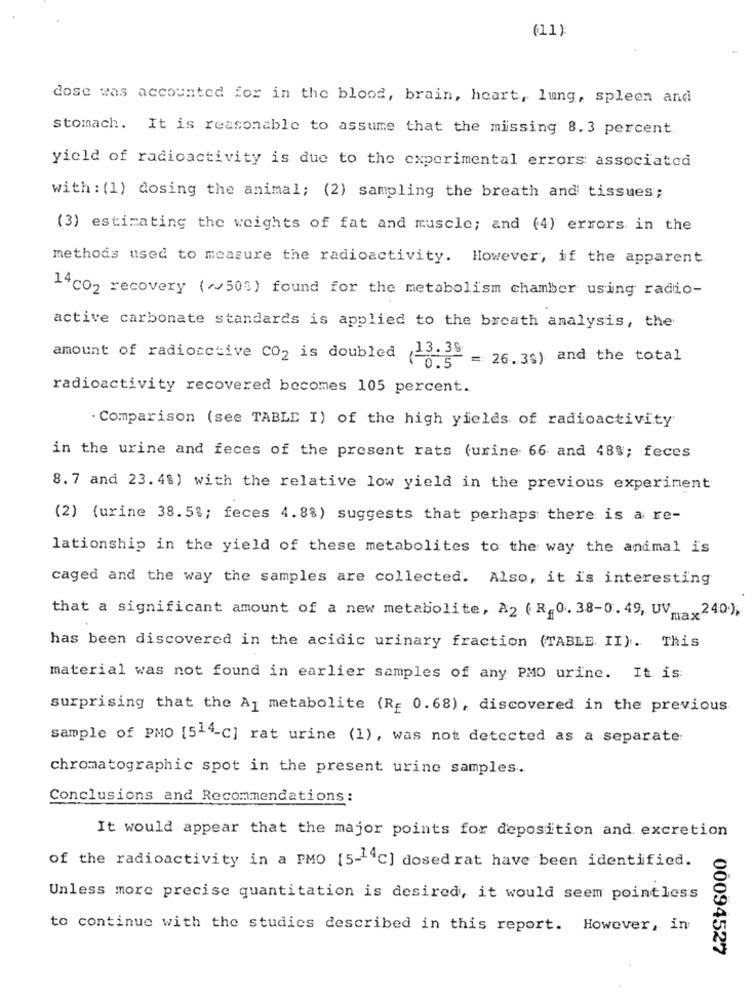
(11)
dose was accounted for in the blood, brain, heart, lung, spleen and
stomach. It is reasonable to assume that the missing 8.3 percent
yield of radioactivity is due to the experimental errors: associated
with : (1) dosing the animal; (2) sampling the breath and tissues;
(3) estimating the weights of fat and muscle; and (4) errors in the
methods used to measure the radioactivity. However, if the apparent
14 CO2 recovery ( ~~ 50%) found for the metabolism chamber using radio-
active carbonate standards is applied to the breath analysis, the
amount of radioactive CO2 is doubled 13.39
0.5 = 26.39) and the total
radioactivity recovered becomes 105 percent.
. Comparison (see TABLE I) of the high yields of radioactivity
in the urine and feces of the present rats (urine: 66 and 48%; feces
8.7 and 23. 4%) with the relative low yield in the previous experiment
(2) (urine 38.5%; feces 4.8%) suggests that perhaps there is a re-
lationship in the yield of these metabolites to the way the animal is
caged and the way the samples are collected. Also, it is interesting
that a significant amount of a new metabolite, A2. ( R,0. 38-0. 49, UVma, 240),
has been discovered in the acidic urinary fraction (TABLE II). This
material was not found in earlier samples of any PMO urine. It is
surprising that the Aj metabolite (R= 0.68), discovered in the previous
sample of PMO [544-C] rat urine (1), was not detected as a separate:
chromatographic spot in the present urine samples.
Conclusions and Recommendations :
It would appear that the major points for deposition and excretion
of the radioactivity in a PMO [5-14c] dosed rat have been identified.
Unless more precise quantitation is desired, it would seem pointless
to continue with the studies described in this report. However, in
00094527